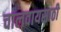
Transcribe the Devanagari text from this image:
चालवायसाठी